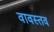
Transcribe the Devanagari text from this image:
वावस्तव